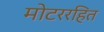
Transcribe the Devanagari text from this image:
मोटररहित